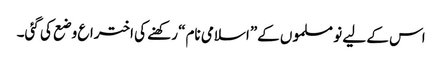
اس کے لیے نو مسلموں کے”اسلامی نام“ رکھنے کی اختراع وضع کی گئی۔